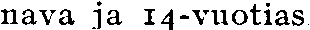
nava ja 14-vuotias